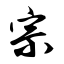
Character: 宗